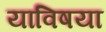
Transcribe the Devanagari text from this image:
याविषया